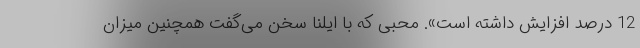
12 درصد افزایش داشته است». محبی که با ایلنا سخن می‌گفت همچنین میزان